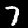
Digit: 7